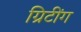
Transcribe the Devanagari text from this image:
ग्रिटींग